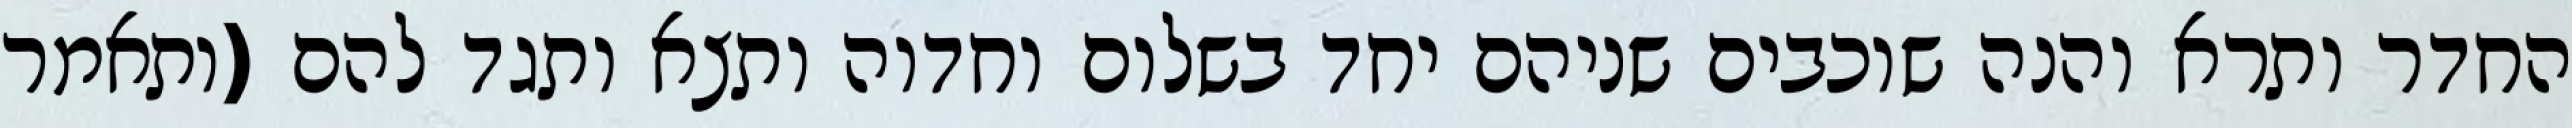
החדר ותרא והנה שוכבים שניהם יחד בשלום וחדוה ותצא ותגד להם (ותאמר